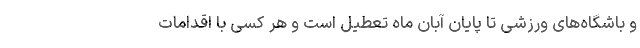
و باشگاه‌های ورزشی تا پایان آبان ماه تعطیل است و هر کسی با اقدامات